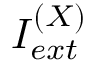
I _ { e x t } ^ { ( X ) }